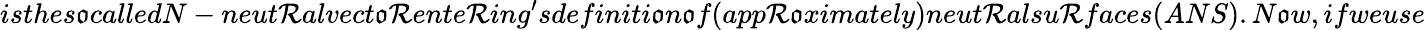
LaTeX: isthes\mathfrak{o}calledN-neut\mathcal{R}alvect\mathfrak{o}\mathcal{R}ente\mathcal{R}ing^{\prime}sdefiniti\mathfrak{o}n\mathfrak{o}f(app\mathcal{R}\mathfrak{o}ximately)neut\mathcal{R}alsu\mathcal{R}faces(ANS).N\mathfrak{o}w,ifweuse